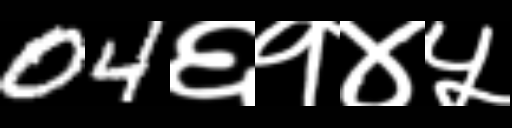
Text: 04६१४५